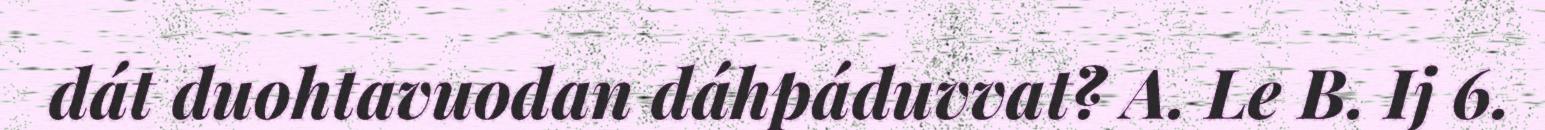
dát duohtavuodan dáhpáduvvat? A. Le B. Ij 6.